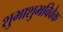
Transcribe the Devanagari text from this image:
शुभाशुभविवेक